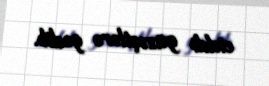
ciddi güzəştlərə gedib.